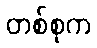
တစ်စုက